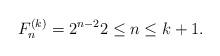
LaTeX: \begin{align*}F_{n}^{(k)} = 2^{n-2} {}2\leq n\leq k+1.\end{align*}